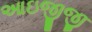
આઇજીજી